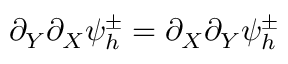
\partial _ { Y } \partial _ { X } \psi _ { h } ^ { \pm } = \partial _ { X } \partial _ { Y } \psi _ { h } ^ { \pm }